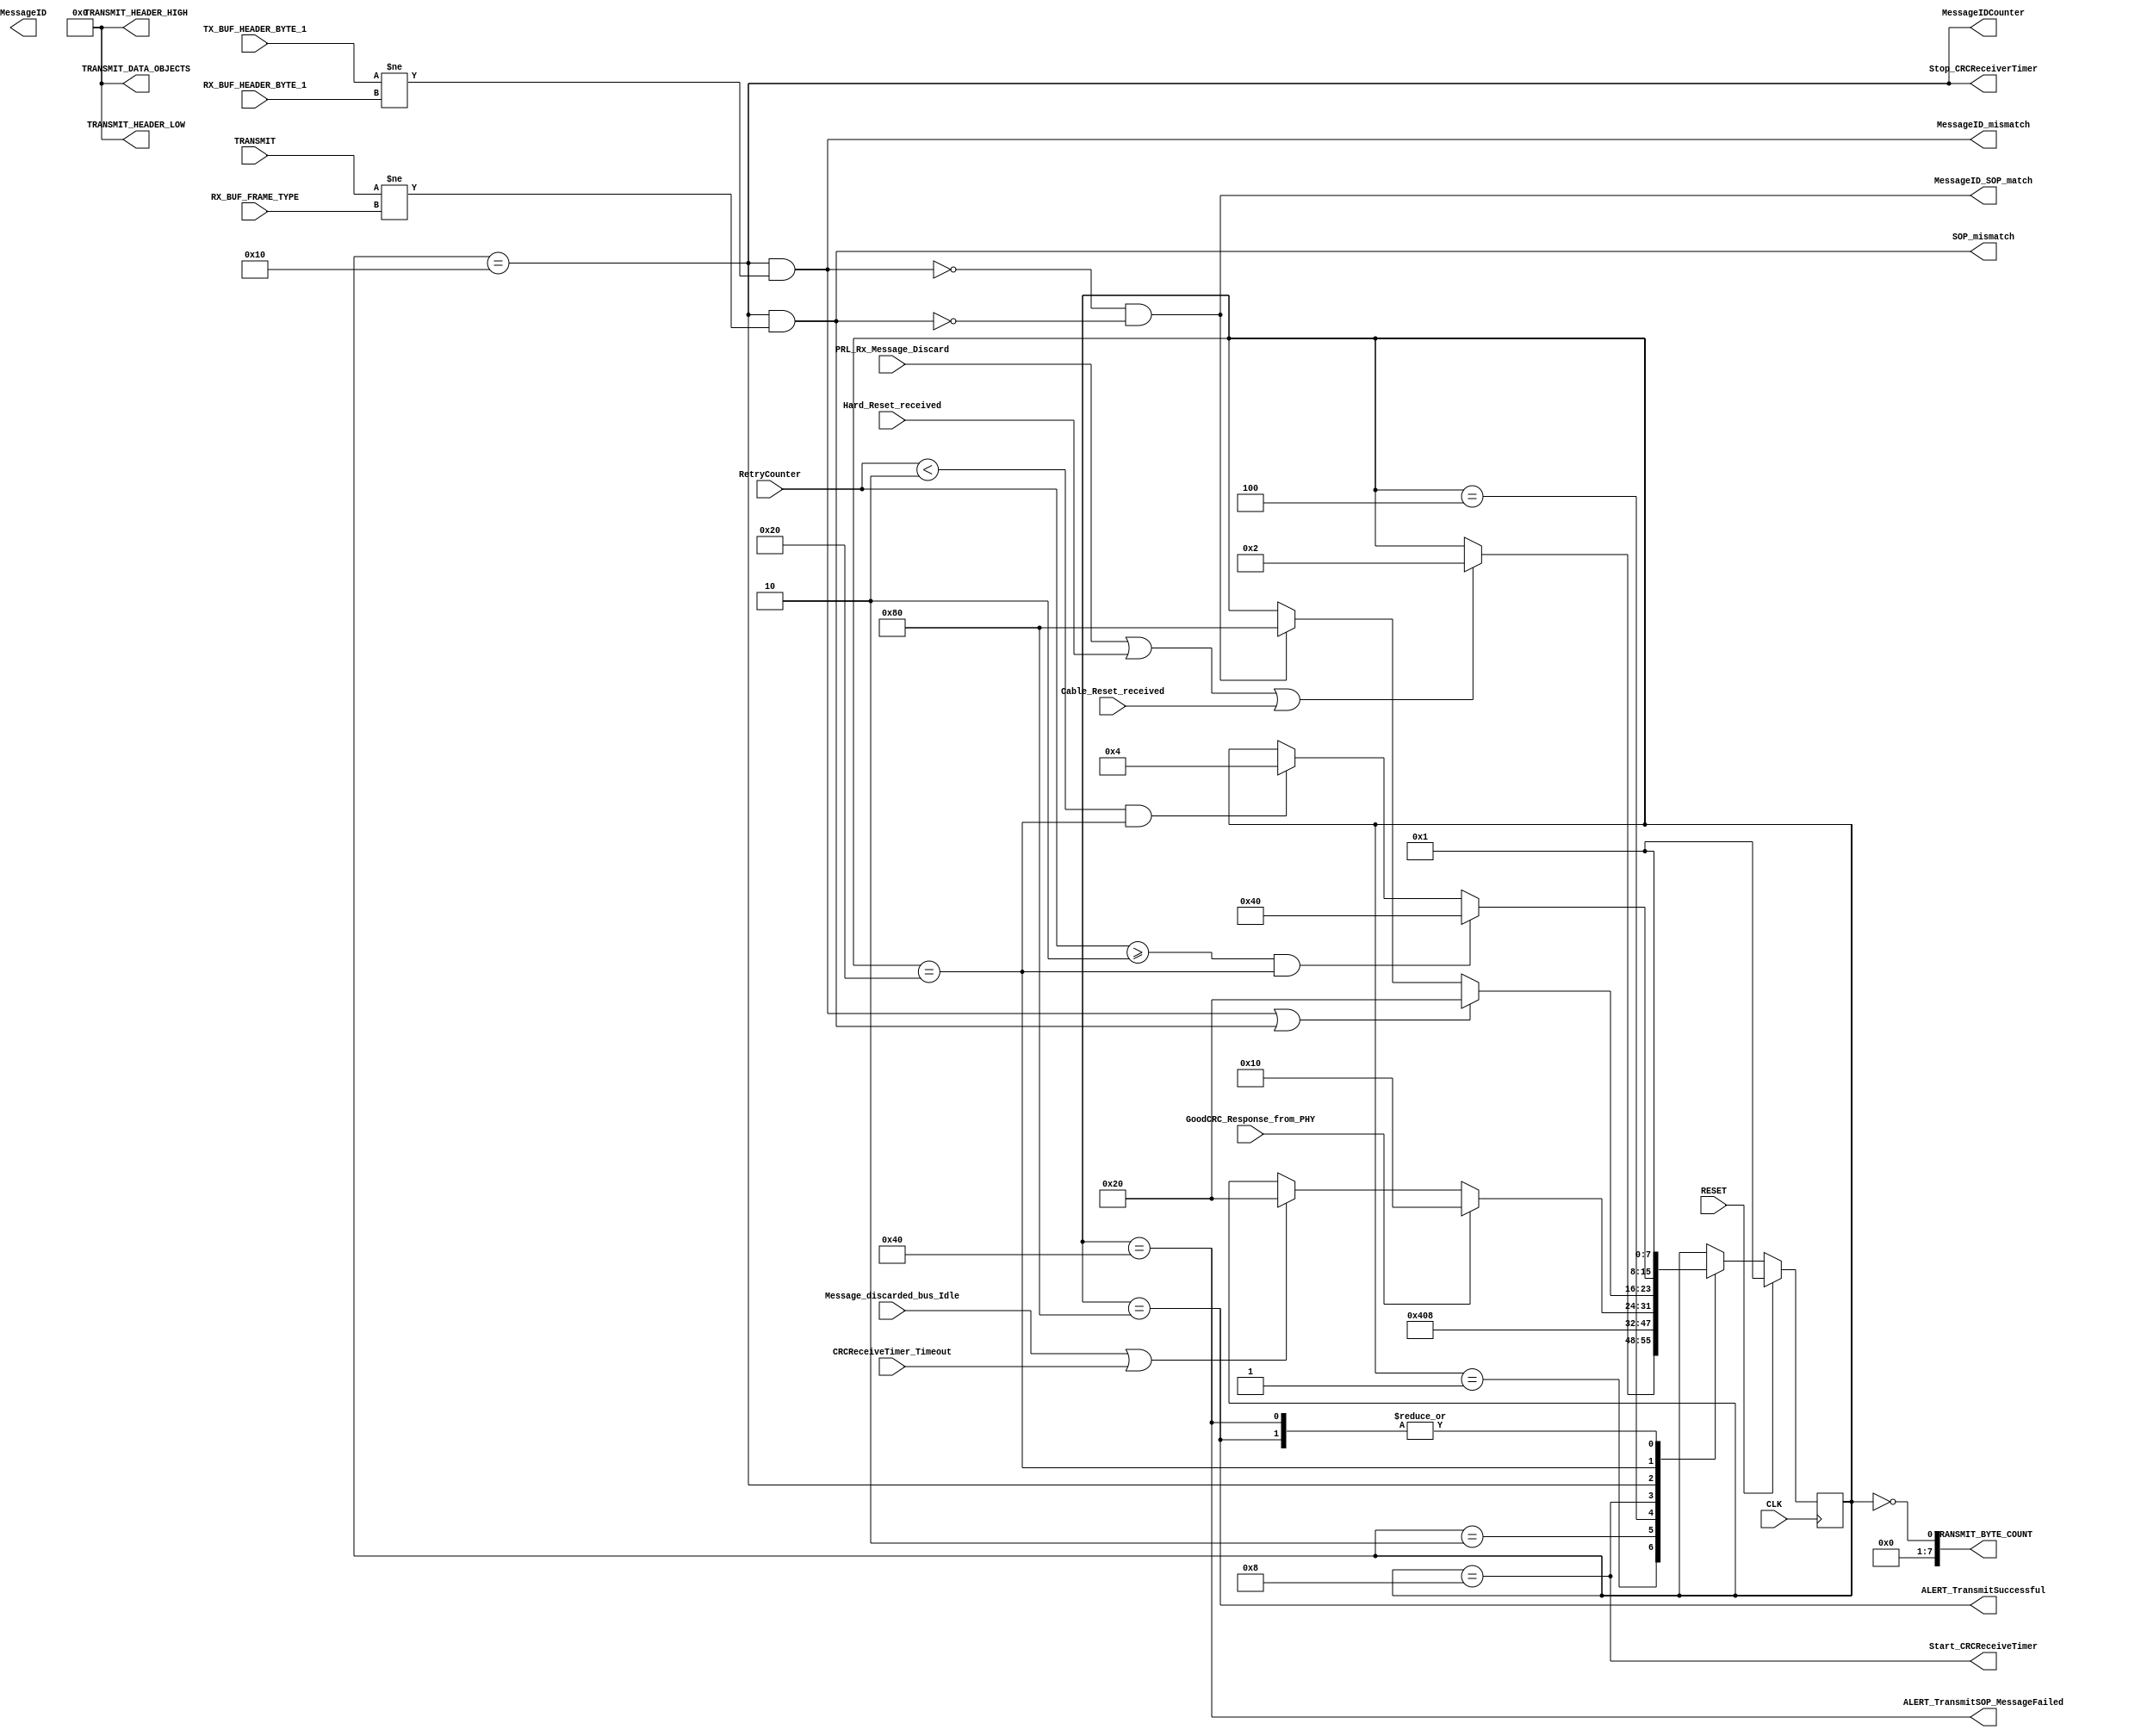
module tx_2(output wire ALERT_TransmitSOP_MessageFailed,
    output wire ALERT_TransmitSuccessful,
    output wire MessageID_mismatch,
    output wire SOP_mismatch,
    output wire MessageID_SOP_match,
    output wire [7:0] TRANSMIT_BYTE_COUNT,
    output wire [7:0] TRANSMIT_HEADER_LOW,
    output wire [7:0] TRANSMIT_HEADER_HIGH,
    output wire [7:0] TRANSMIT_DATA_OBJECTS,
    output wire Start_CRCReceiveTimer,
    output wire Stop_CRCReceiverTimer,
    output wire MessageIDCounter,
    output wire MessageID,
    input wire [2:0] TRANSMIT,
    input wire PRL_Rx_Message_Discard,
    input wire Hard_Reset_received,
    input wire Cable_Reset_received,
    input wire RetryCounter,
    input wire CRCReceiveTimer_Timeout,
    input wire GoodCRC_Response_from_PHY,
    input wire Message_discarded_bus_Idle,
    input wire [7:0] TX_BUF_HEADER_BYTE_1,
    input wire [7:0] RX_BUF_HEADER_BYTE_1,
    input wire [7:0] RX_BUF_FRAME_TYPE,
    input wire CLK,
    input wire RESET);
    wire RetryCounter_bigger;
    wire RetryCounter_smaller;
    reg [7:0] CurrentState;
    reg [7:0] NextState;
    reg [8:0] CRCReceive_timer;
    localparam Wait_for_Transmit_Request = 8'b00000001;
    localparam Reset_RetryCounter        = 8'b00000010;
    localparam Construct_Message         = 8'b00000100;
    localparam Wait_for_PHY_response     = 8'b00001000;
    localparam Match_MessageID           = 8'b00010000;
    localparam Check_RetryCounter        = 8'b00100000;
    localparam Report_Failure            = 8'b01000000;
    localparam Report_Success            = 8'b10000000;
    localparam nRetryCounter            = 2'b10; 
    always@( * )
    begin
        NextState = CurrentState;
    case(CurrentState)
        Wait_for_Transmit_Request:
        begin
        if(PRL_Rx_Message_Discard || Hard_Reset_received || Cable_Reset_received) begin NextState = Reset_RetryCounter; end
        end
        Reset_RetryCounter:
        begin
        NextState = Construct_Message;
        end
        Construct_Message:
        begin
        NextState = Wait_for_PHY_response;
        end
        Wait_for_PHY_response:
        begin
        if     (GoodCRC_Response_from_PHY)  NextState = Match_MessageID;
        else if(Message_discarded_bus_Idle || CRCReceiveTimer_Timeout) NextState= Check_RetryCounter;
        end
        Match_MessageID:
        begin
        if(MessageID_mismatch || SOP_mismatch) NextState = Check_RetryCounter;
        else if(MessageID_SOP_match) NextState = Report_Success;
        end
        Check_RetryCounter:
        begin
        if(RetryCounter_bigger) NextState = Report_Failure;
        else if(RetryCounter_smaller) NextState = Construct_Message;
        end 
        Report_Success:
        begin
        NextState = Wait_for_Transmit_Request;
        end
        Report_Failure:
        begin
        NextState = Wait_for_Transmit_Request;
        end
    endcase
    end
    assign TRANSMIT_BYTE_COUNT = CurrentState==0;
    assign TRANSMIT_HEADER_LOW=0;
    assign TRANSMIT_HEADER_HIGH=0;
    assign TRANSMIT_DATA_OBJECTS=0;
    assign Start_CRCReceiveTimer = CurrentState==Wait_for_PHY_response;
    assign Stop_CRCReceiverTimer = CurrentState== Match_MessageID;
    assign MessageIDCounter = CurrentState==Match_MessageID;
    assign MessageID_mismatch = (CurrentState==Match_MessageID) && (TX_BUF_HEADER_BYTE_1 != RX_BUF_HEADER_BYTE_1);
    assign SOP_mismatch = (CurrentState==Match_MessageID) && (TRANSMIT[2:0] != RX_BUF_FRAME_TYPE);
    assign MessageID_SOP_match = !MessageID_mismatch && !SOP_mismatch;
    assign RetryCounter_bigger = RetryCounter>=nRetryCounter && CurrentState==Check_RetryCounter;
    assign RetryCounter_smaller = RetryCounter<nRetryCounter && CurrentState==Check_RetryCounter;
    assign ALERT_TransmitSOP_MessageFailed= CurrentState==Report_Failure;
    assign ALERT_TransmitSuccessful= CurrentState==Report_Success;    
    always@(posedge CLK)
    begin
        if(RESET) CurrentState  <= Wait_for_Transmit_Request;
        else      CurrentState  <= NextState;
    end
endmodule